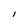
Character: 1